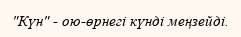
"Күн" - ою-өрнегі күнді меңзейді.